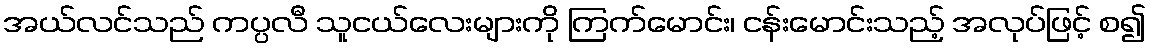
အယ်လင်သည် ကပ္ပလီ သူငယ်လေးများကို ကြက်မောင်း၊ ငန်းမောင်းသည့် အလုပ်ဖြင့် စ၍